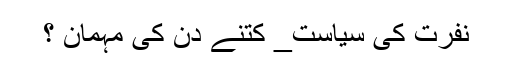
نفرت کی سیاست_ کتنے دن کی مہمان ؟